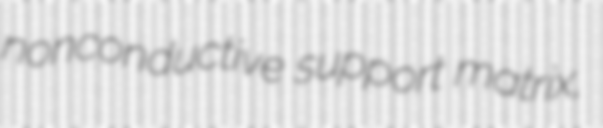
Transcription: nonconductive support matrix,